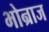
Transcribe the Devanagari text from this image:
भोन्राज